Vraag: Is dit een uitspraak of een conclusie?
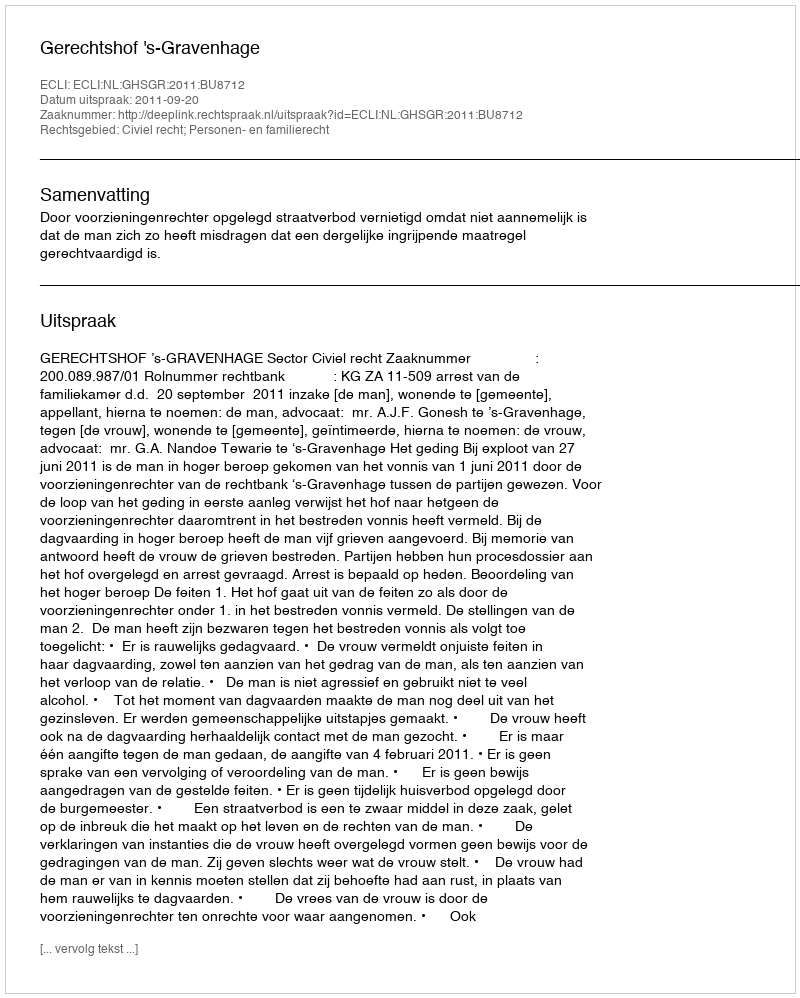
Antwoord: Uitspraak